Scottish Leaving Certificate Examination, 1959
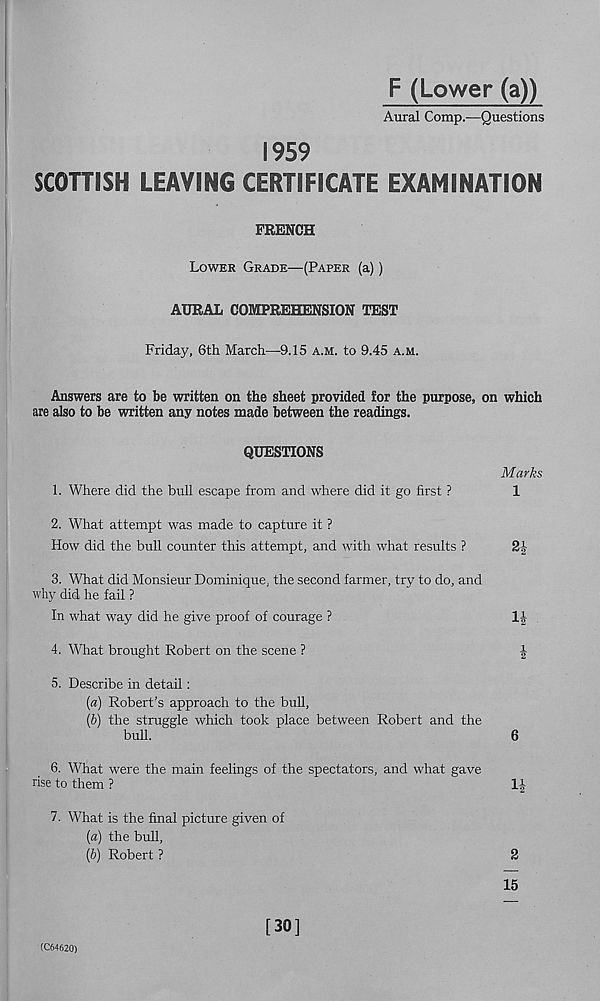
F (Lower (a))
Aural Comp.—Questions
1959
SCOTTISH LEAVING CERTIFICATE EXAMINATION
FRENCH
Lower Grade—(Paper (a))
AURAL COMPREHENSION TEST
Friday, 6th March—9.15 a.m. to 9.45 a.m.
Answers are to be written on the sheet provided for the purpose, on which
are also to be written any notes made between the readings.
QUESTIONS
1. Where did the bull escape from and where did it go first ?
Marks
1
2. What attempt was made to capture it ?
How did the bull counter this attempt, and with what results ?
2b
3. What did Monsieur Dominique, the second farmer, try to do, and
why did he fail ?
In what way did he give proof of courage ?
4. What brought Robert on the scene ?
|
5. Describe in detail:
(a) Robert's approach to the bull,
{b) the struggle which took place between Robert and the
bull.
6
6. What were the main feelings of the spectators, and what gave
rise to them ?
1J
7. What is the final picture given of
[a) the bull,
(b) Robert ?
2
15
(C64620)
[30]